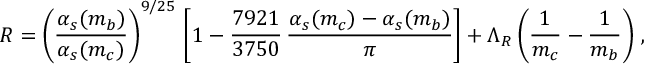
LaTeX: R = \left( \frac { \alpha _ { s } ( m _ { b } ) } { \alpha _ { s } ( m _ { c } ) } \right) ^ { 9 / 2 5 } \, \left[ 1 - \frac { 7 9 2 1 } { 3 7 5 0 } \, \frac { \alpha _ { s } ( m _ { c } ) - \alpha _ { s } ( m _ { b } ) } { \pi } \right] + \Lambda _ { R } \left( \frac { 1 } { m _ { c } } - \frac { 1 } { m _ { b } } \right) \, ,